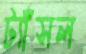
ট্যাঁসল